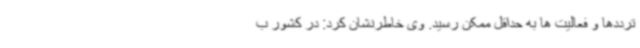
ترددها و فعالیت ها به حداقل ممکن رسید. وی خاطرنشان کرد: در کشور ب